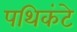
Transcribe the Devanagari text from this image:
पथिकंटे